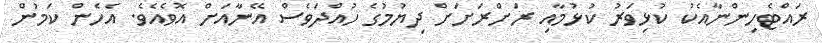
ރައްޓެހިންނާއެކު ކުޅިވަރު ކުޅުމާއި ރަށްރަށަށް ދިޔުމުގެ ހުއްދަވެސް އޭނާއަށް އޮވެއެވެ. އެހެން ކަމުން